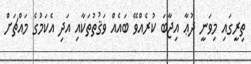
ތިރީގައި މިވަނީ ދުޢާ އިޖާބަ ކުރެއްވޭ ބައެއް ވަޤުތުތަކާއި އަދި އެކަމުގެ މައްޗަށް